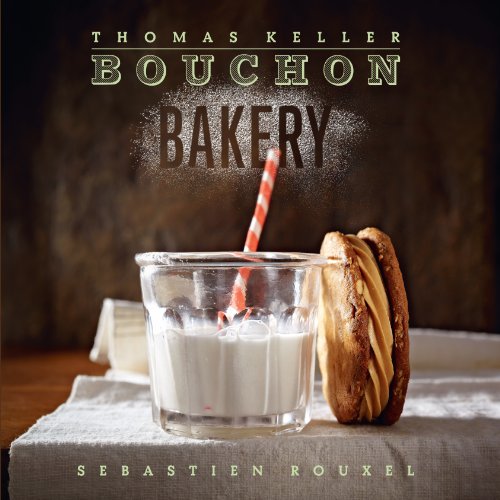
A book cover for Bouchon Bakery; Thomas Keller; Cookbooks, Food & Wine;